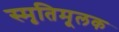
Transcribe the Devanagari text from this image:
स्मृतिमूलक